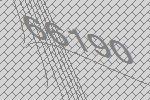
66190